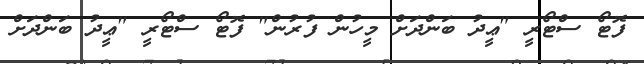
ފޮޓޯ ސްޓޯރީ "ޢީދު ބަންދަށް މީހުން ފުރުން" ފޮޓޯ ސްޓޯރީ "ޢީދު ބަންދަށް